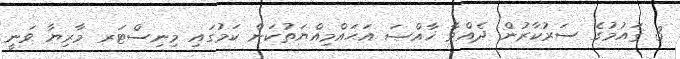
3 ޤައުމުގެ ސަރުކާރުން ދެއްވާ ޚާއްޞަ އަޙައްމިއްޔަތުކަން ކަމުގައި މިނިސްޓަރ މާރިޔާ ވަނީ